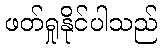
ဖတ်ရှုနိုင်ပါသည်